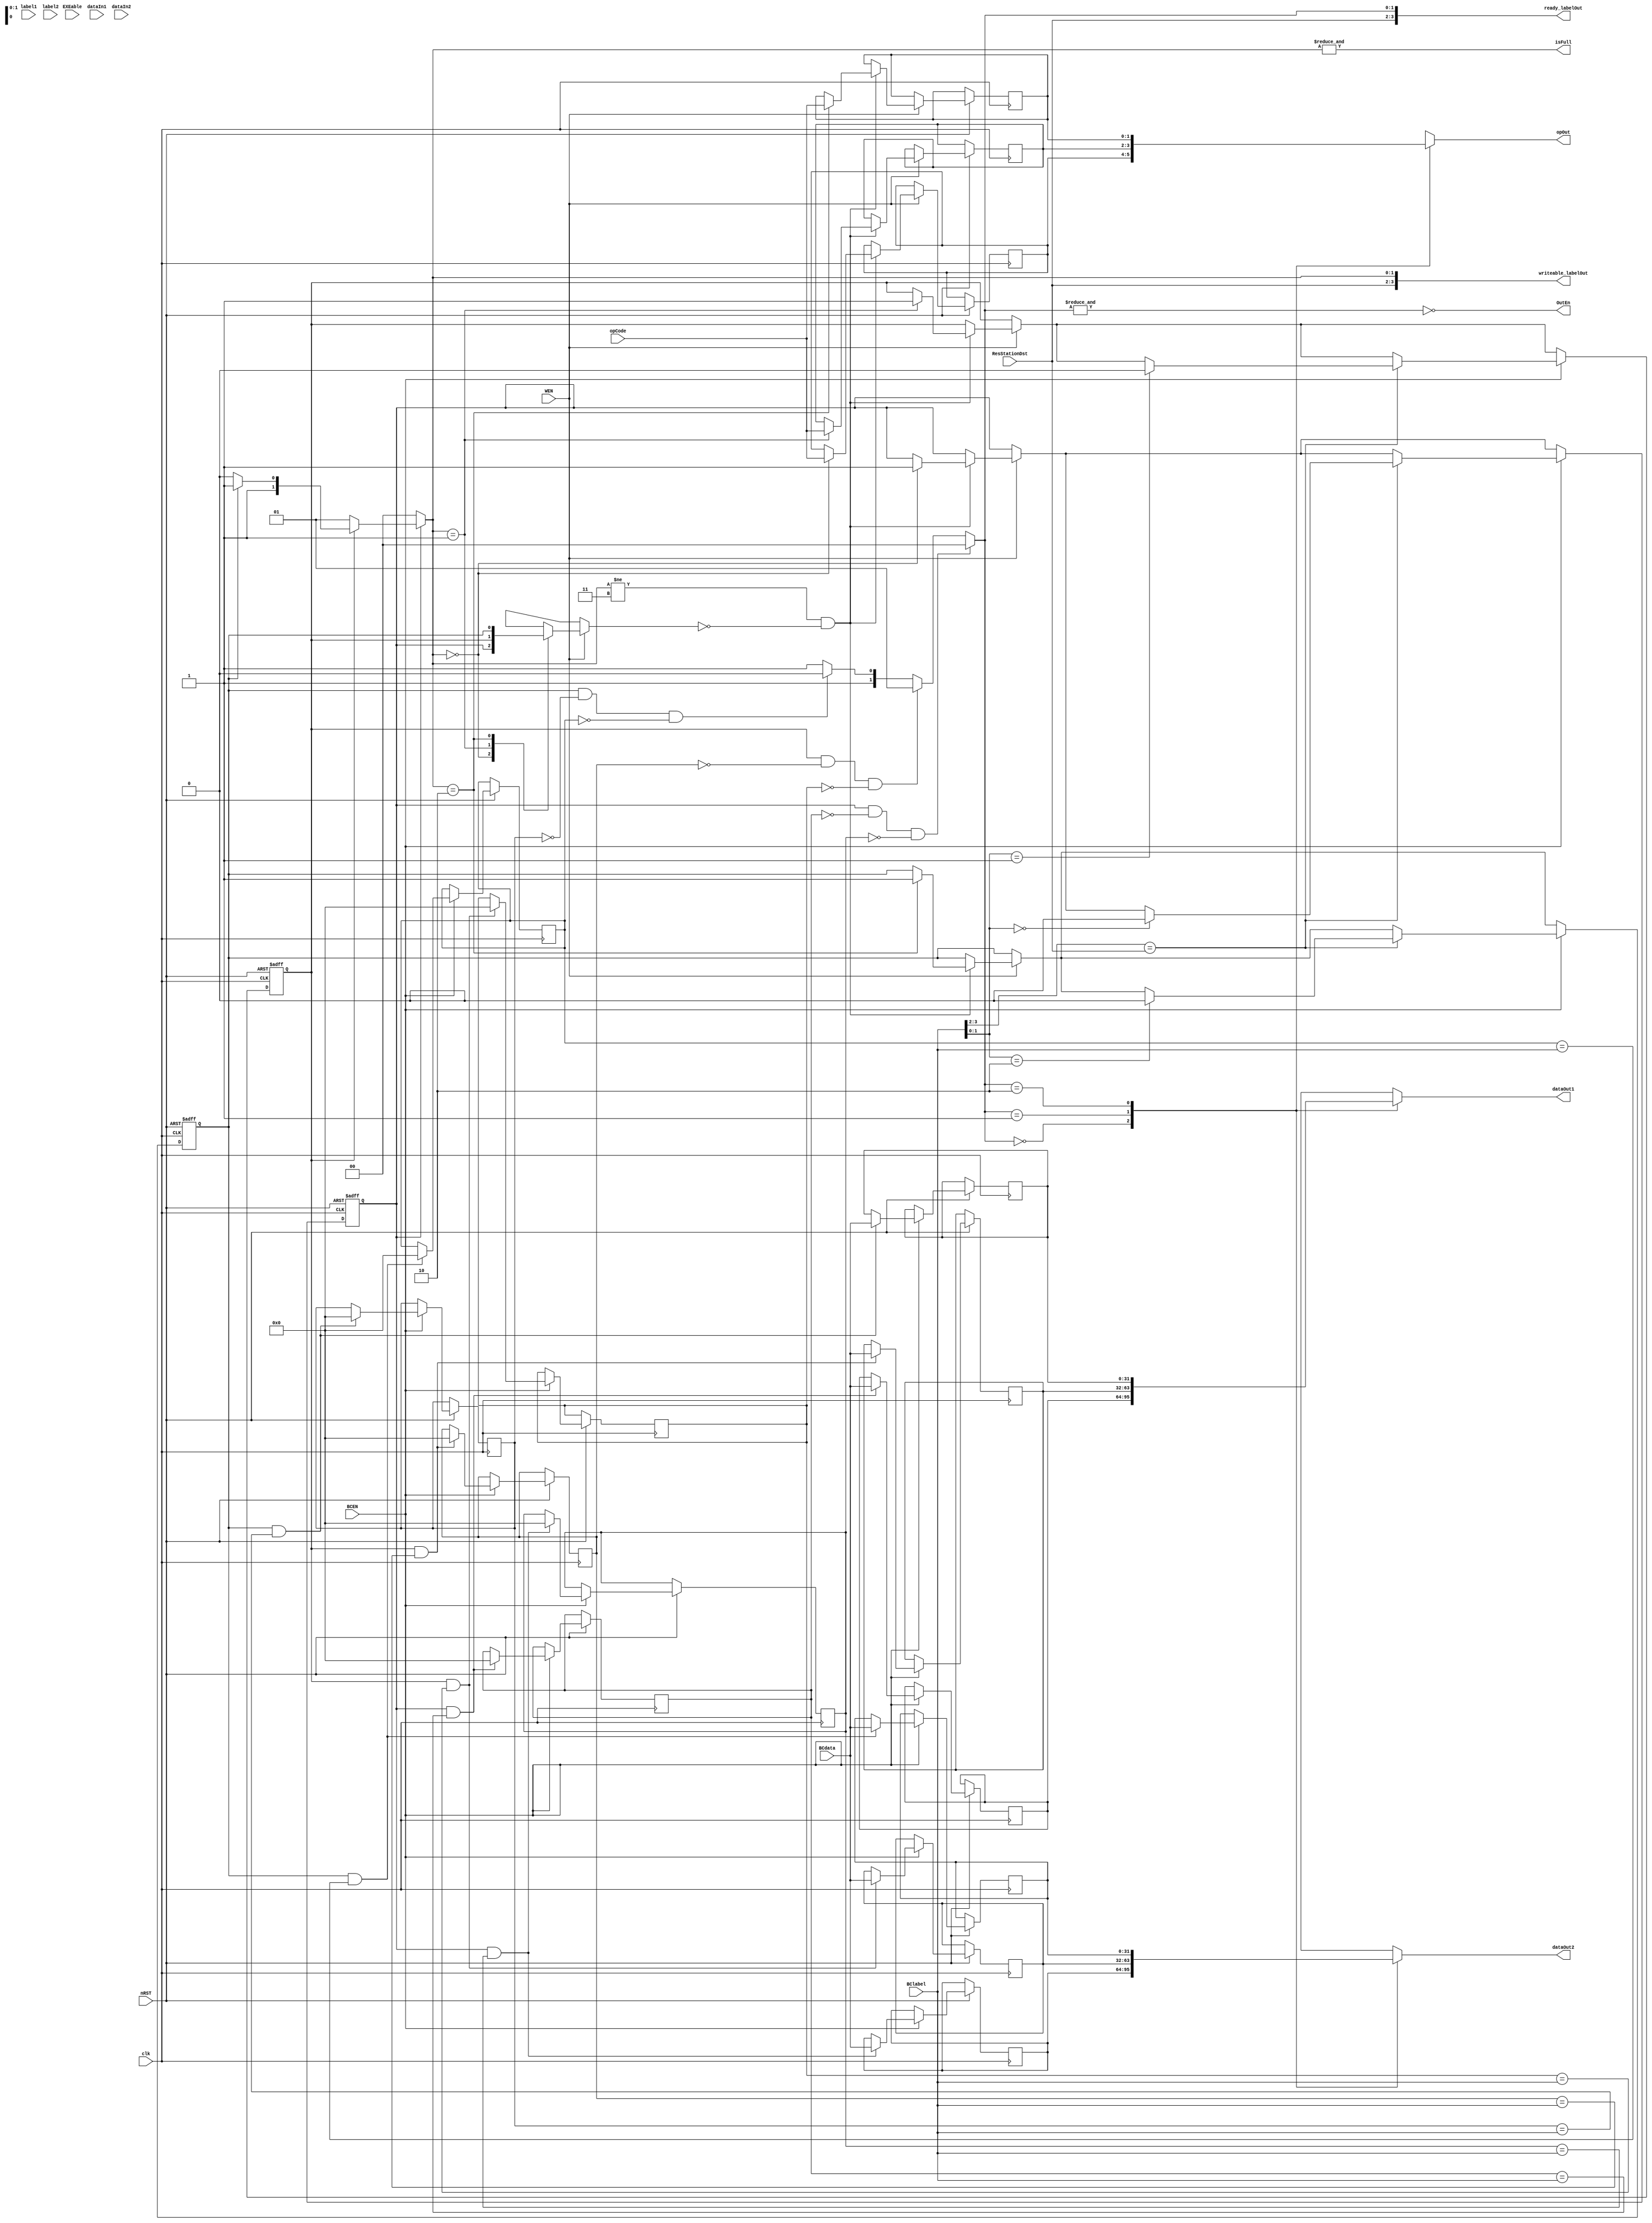
module ReservationStation(
    input clk,
    input nRST,
    input EXEable, // whether the ALU is available and ins can be issued
    input WEN, // Write ENable

    input [1:0] ResStationDst,// TODO:
    input [1:0] opCode,
    input [31:0] dataIn1,
    input [3:0] label1,
    input [31:0] dataIn2,
    input [3:0] label2,

    input BCEN, // BroadCast ENable
    input [3:0] BClabel, // BoradCast label
    input [31:0] BCdata, //BroadCast value

    output [1:0] opOut,
    output [31:0] dataOut1,
    output [31:0] dataOut2,
    output isFull, // whether the buffer is full
    output OutEn, // whether output is valid
    output [3:0] ready_labelOut,
    output [3:0] writeable_labelOut
    );

    // 设置了三个保留站
    // 若使b2'11来索引，无效
    reg Busy[2:0];
    reg [1:0]Op[2:0];
    reg [3:0]Qj[2:0];
    reg [31:0]Vj[2:0];
    reg [3:0]Qk[2:0];
    reg [31:0]Vk[2:0];

    // 当前可写地址 ,2'b11则为不可�??
    reg [1:0] cur_addr ;
    // 当前就绪地址,2'b11则为不可�??
    reg [1:0] ready_addr ;
    initial begin
        Busy[0] = 0;
        Busy[1] = 0;
        Busy[2] = 0;
    end
    
    always@(posedge clk or negedge nRST) begin
        if (nRST == 0) begin 
            Busy[0] <= 0;
            Busy[1] <= 0;
            Busy[2] <= 0;
        end
        else begin 
            if (WEN == 1) begin
                if (cur_addr != 2'b11 && Busy[cur_addr] == 0) begin
                    Busy[cur_addr] <= 1;
                    Op[cur_addr] <= opCode;
                    if (BCEN == 1 & label1 == BClabel) begin
                        Qj[cur_addr] <= 0;
                        Vj[cur_addr] <= BCdata;
                    end
                    else begin
                        Qj[cur_addr] <= label1;
                        Vj[cur_addr] <= dataIn1;
                    end
                    if (BCEN == 1 && label2 == BClabel) begin
                        Qk[cur_addr] <= 0;
                        Vk[cur_addr] <= BCdata;
                    end
                    else begin
                        Qk[cur_addr] <= label2;
                        Vk[cur_addr] <= dataIn2;
                    end
                end
                //  maybe generate latch
            end
            // watch CDB
            if (BCEN == 1 ) begin 
                if (BClabel[3:2] == ResStationDst) begin
                    Busy[BClabel[1:0]] <= 0;
                end
                if (Busy[0] == 1 && Qj[0] == BClabel) begin
                    Vj[0] = BCdata;
                    Qj[0] = 0;
                end
                if (Busy[1] == 1 && Qj[1] == BClabel) begin
                    Vj[1] = BCdata;
                    Qj[1] = 0;
                end
                if (Busy[2] == 1 && Qj[2] == BClabel) begin
                    Vj[2] = BCdata;
                    Qj[2] = 0;
                end
                if (Busy[0] == 1 && Qk[0] == BClabel) begin
                    Vk[0] = BCdata;
                    Qk[0] = 0;
                end
                if (Busy[1] == 1 && Qk[1] == BClabel) begin
                    Vk[1] = BCdata;
                    Qk[1] = 0;
                end
                if (Busy[2] == 1 && Qk[2] == BClabel) begin
                    Vk[2] = BCdata;
                    Qk[2] = 0;
                end
            end
        end
    end    
    

    assign opOut = Op[ready_addr];
    assign dataOut1 = Vj[ready_addr];
    assign dataOut2 = Vk[ready_addr];
    
    // 优先译码，使用组合�?�辑生成当前可写地址
    // 若为2'b11则不可写
    always@(*) begin
        if (Busy[0] == 0) begin
            cur_addr = 2'b00;
        end
        else if (Busy[1] == 0) begin
            cur_addr = 2'b01;
        end
        else if (Busy[2] == 0) begin
            cur_addr = 2'b10;
        end
        else
            cur_addr = 2'b11;
    end

    // 保留站是否满
    assign isFull = & cur_addr;

    // 是否就绪
    // 计算当前就绪地址，以及就绪状�??
    always@(*)begin
        if (Busy[0] == 1 && Qj[0] == 0 && Qk[0] == 0) begin
            ready_addr = 2'b00;
        end
        else begin
            if(Busy[1] == 1 && Qj[1] == 0 && Qk[1] == 0) begin
                ready_addr = 2'b01;
            end
            else begin 
                if (Busy[2] == 1 && Qj[2] == 0 && Qk[2] == 0 ) begin
                    ready_addr = 2'b10;
                end
                else 
                    ready_addr = 2'b11;
            end
        end
    end

    assign OutEn = ~ (&ready_addr);

    assign ready_labelOut = {ResStationDst,ready_addr};// TODO:
    assign writeable_labelOut = {ResStationDst, cur_addr};

endmodule